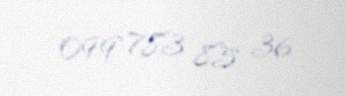
099 783 85 36